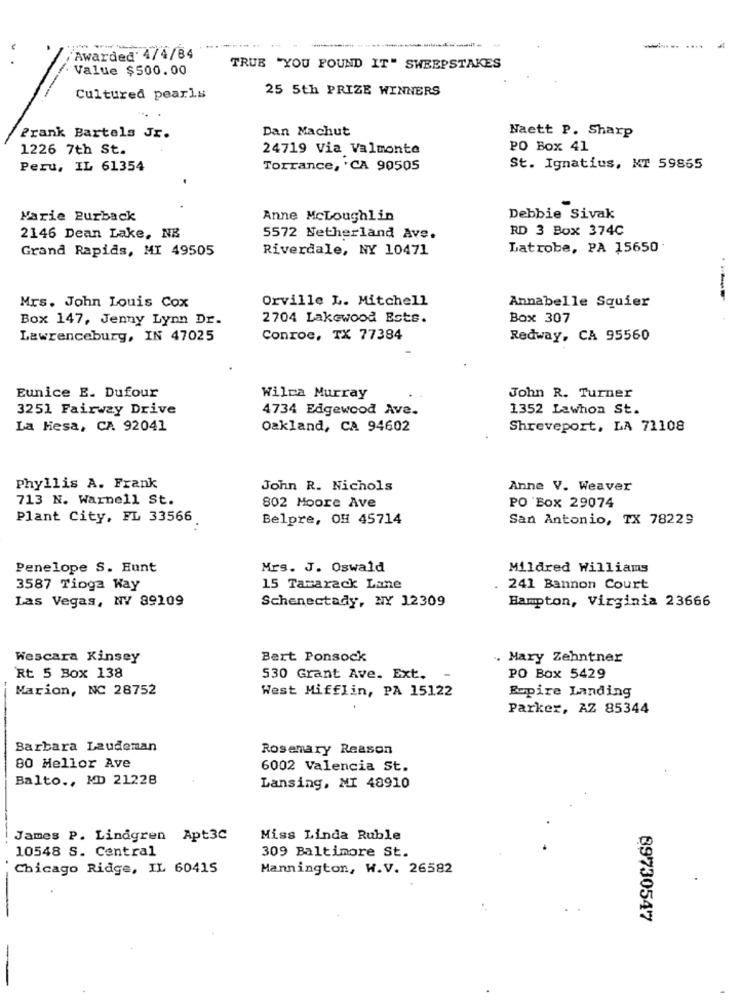
/Awarded' 4/4/84
. Value $500.00
TRUB "YOU FOUND IT" SWEEPSTAKES
25 5th PRIZE WINNERS
Cultured pearls
Dan Machut
Naett P. Sharp
Prank Bartels Jr.
1226 7th St.
24719 Via Valmonte
PO Box 41
Peru, IL 61354
Torrance, 'CA 90505
St. Ignatius, NT 59865
Marie Purback
Anne McLoughlin
Debbie Sivak
RD 3 Box 374C
2146 Dean Lake, NB
5572 Netherland Ave.
Grand Rapids, MI 49505
Riverdale, NY 10471
Latrobe, PA 15650
Orville L. Mitchell
Mrs. John Louis Cox
Annabelle Squier
Box 147, Jenny Lynn Dr.
2704 Lakewood Ests.
Box 307
Lawrenceburg, IN 47025
Conroc, TX 77384
Redway, CA 95560
Eunice E. Dufour
Wilca Murray
John R. Turner
3251 Fairway Drive
4734 Edgewood Ave.
1352 Lawhon St.
La Mesa, CA 92041
Oakland, CA 94602
Shreveport, LA 71108
Phyllis A. Frank
John R. Nichols
Anne V. Weaver
713 N. Warnell St.
802 Moore Ave
PO Box 29074
Plant City, FL 33566
Belpre, OH 45714
San Antonio, TX 78229
Penelope S. Hunt
Mrs. J. Oswald
Mildred Williams
3587 Tioga Way
15 Tamarack Lane
241 Bannon Court
Las Vegas, NV 89109
Schenectady, NY 12309
Hampton, Virginia 23666
Wescara Kinsey
Bert Ponsock
.. Mary Zehntner
Rt 5 Box 138
530 Grant Ave. Ext.
-
PO Box 5429
Marion, NC 28752
West Mifflin, PA 15122
Bopire Landing
Parker, AZ 85344
Barbara Laudeman
Rosemary Reason
80 Mellor Ave
6002 Valencia St.
Balto ., MD 21228
Lansing, MI 48910
James P. Lindgren Apt3C
Miss Linda Ruble
10548 S. Central
309 Baltimore St.
Chicago Ridge, IL 60415
Mannington, W.V. 26582
89730547
--